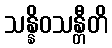
သန္နိဝသန္တီတိ